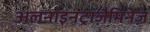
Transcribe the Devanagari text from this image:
अलनाइनट्रांज़ैमिनेज़